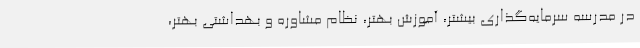
در مدرسه سرمایه‌گذاری بیشتر، آموزش بهتر، نظام مشاوره و بهداشتی بهتر،